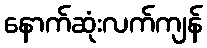
နောက်ဆုံးလက်ကျန်